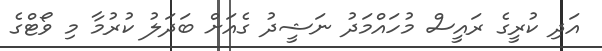
އަދި ކުރީގެ ރައީސް މުހައްމަދު ނަޝީދު ގެއަށް ބަދަލު ކުރުމާ މި ވޯޓްގެ